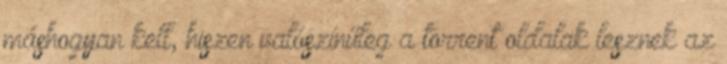
máshogyan kell, hiszen valószínűleg a torrent oldalak lesznek az